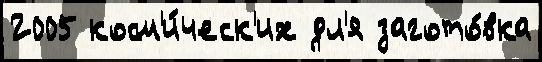
2005 косм'и́ческ'их дл'я загото́вка